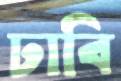
ঢাবি